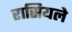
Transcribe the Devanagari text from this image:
रासियले